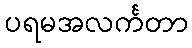
ပရမအလင်္ကတာ